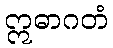
ဣဓာဂတံ